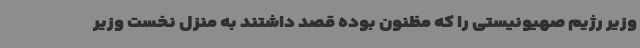
وزیر رژیم صهیونیستی را که مظنون بوده قصد داشتند به منزل نخست وزیر